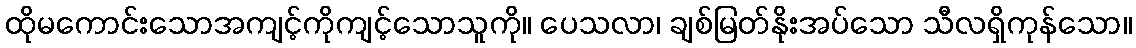
ထိုမကောင်းသောအကျင့်ကိုကျင့်သောသူကို။ ပေသလာ၊ ချစ်မြတ်နိုးအပ်သော သီလရှိကုန်သော။